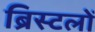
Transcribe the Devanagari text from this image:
ब्रिस्टलों